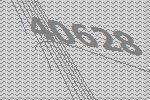
40628